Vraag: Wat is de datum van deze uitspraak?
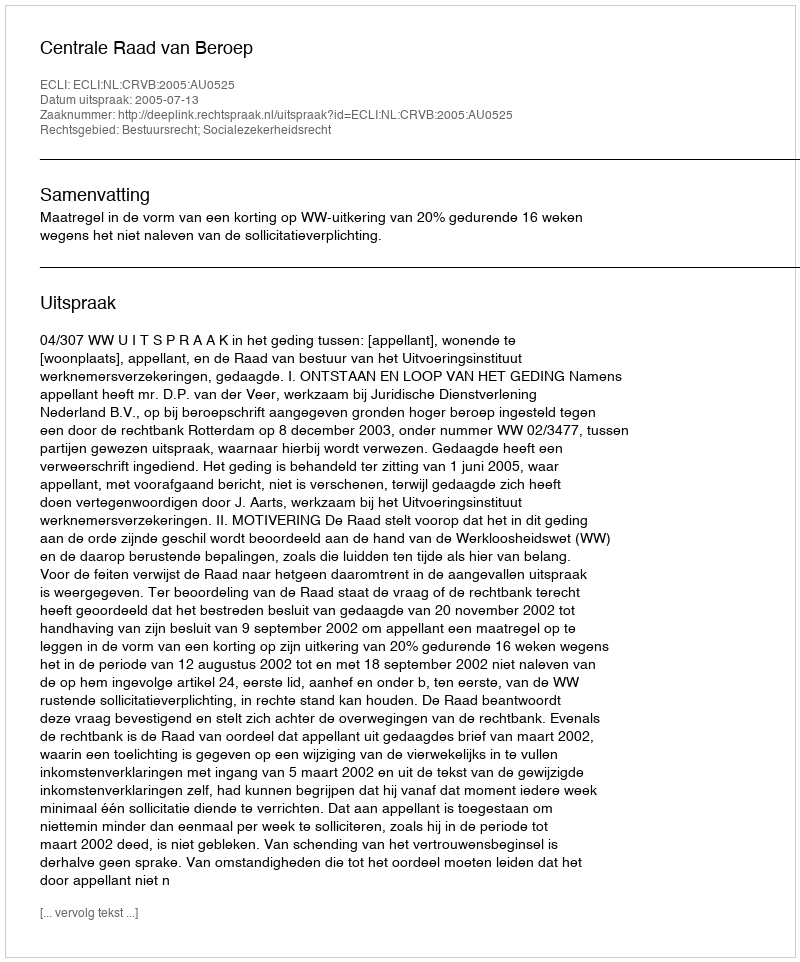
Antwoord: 2005-07-13